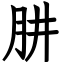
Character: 肼